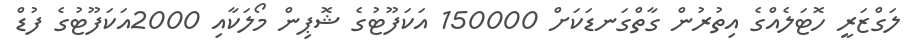
ލަގްޒަރީ ހޮޓަލެއްގެ އިތުރުން ގާތްގަނޑަކަށް 150000 އަކަފޫޓުގެ ޝޮޕިން މޯލަކާއި 2000އަކަފޫޓުގެ ފުޑް